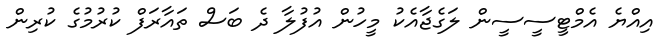
އިއްޔެ އެމްޓީސީސީން ލަގެޖާއެކު މީހުން އުފުލާ ދެ ބަސް ތައާރަފް ކުރުމުގެ ކުރިން